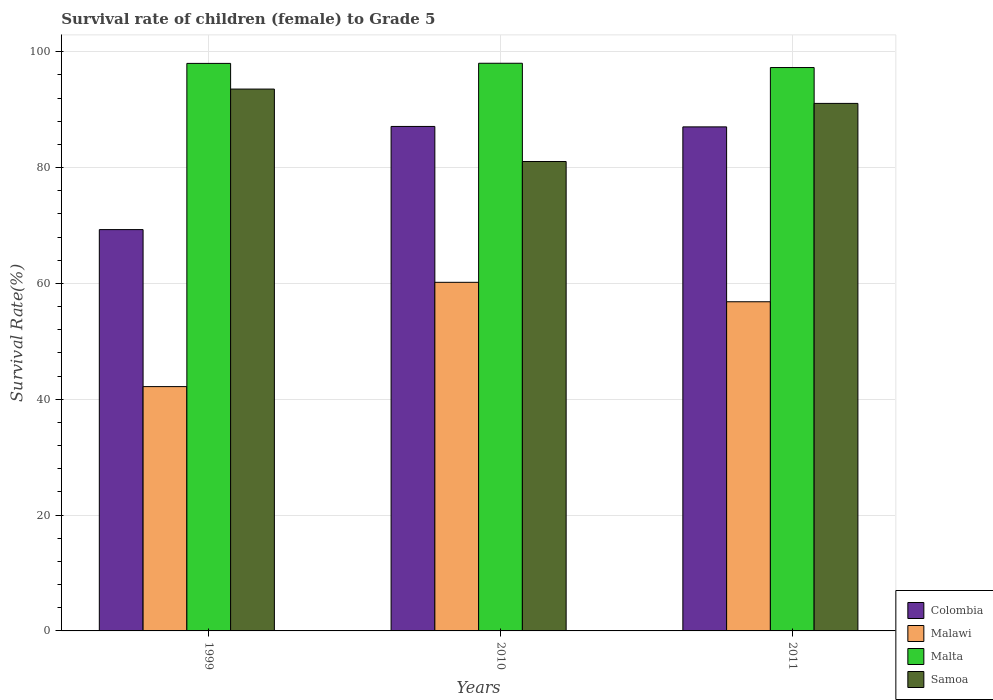
| Years | Colombia | Malawi | Malta | Samoa |
 | --- | --- | --- | --- | --- |
 | 1999 | 69.3 | 42.2 | 98 | 93.6 |
 | 2010 | 87.1 | 60.2 | 98 | 81.1 |
 | 2011 | 87 | 56.8 | 97.3 | 91.1 |